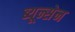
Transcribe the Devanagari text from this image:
ब्यून्सेन